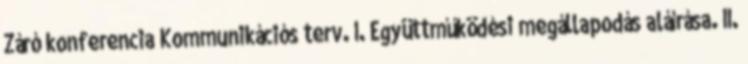
Záró konferencia Kommunikációs terv. I. Együttműködési megállapodás aláírása. II.